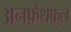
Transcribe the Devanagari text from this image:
अनफ़ेथफ़ुल